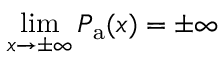
\operatorname* { l i m } _ { x \to \pm \infty } P _ { \mathrm { a } } ( x ) = \pm \infty